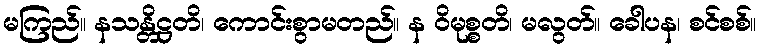
မကြည်။ နသန္တိဋ္ဌတိ၊ ကောင်းစွာမတည်။ န ဝိမုစ္စတိ၊ မလွတ်။ ခေါပန၊ စင်စစ်။